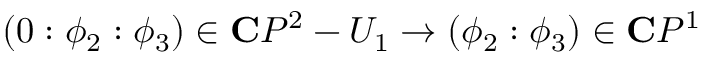
( 0 : \phi _ { 2 } : \phi _ { 3 } ) \in { \bf C } P ^ { 2 } - U _ { 1 } \rightarrow ( \phi _ { 2 } : \phi _ { 3 } ) \in { \bf C } P ^ { 1 }